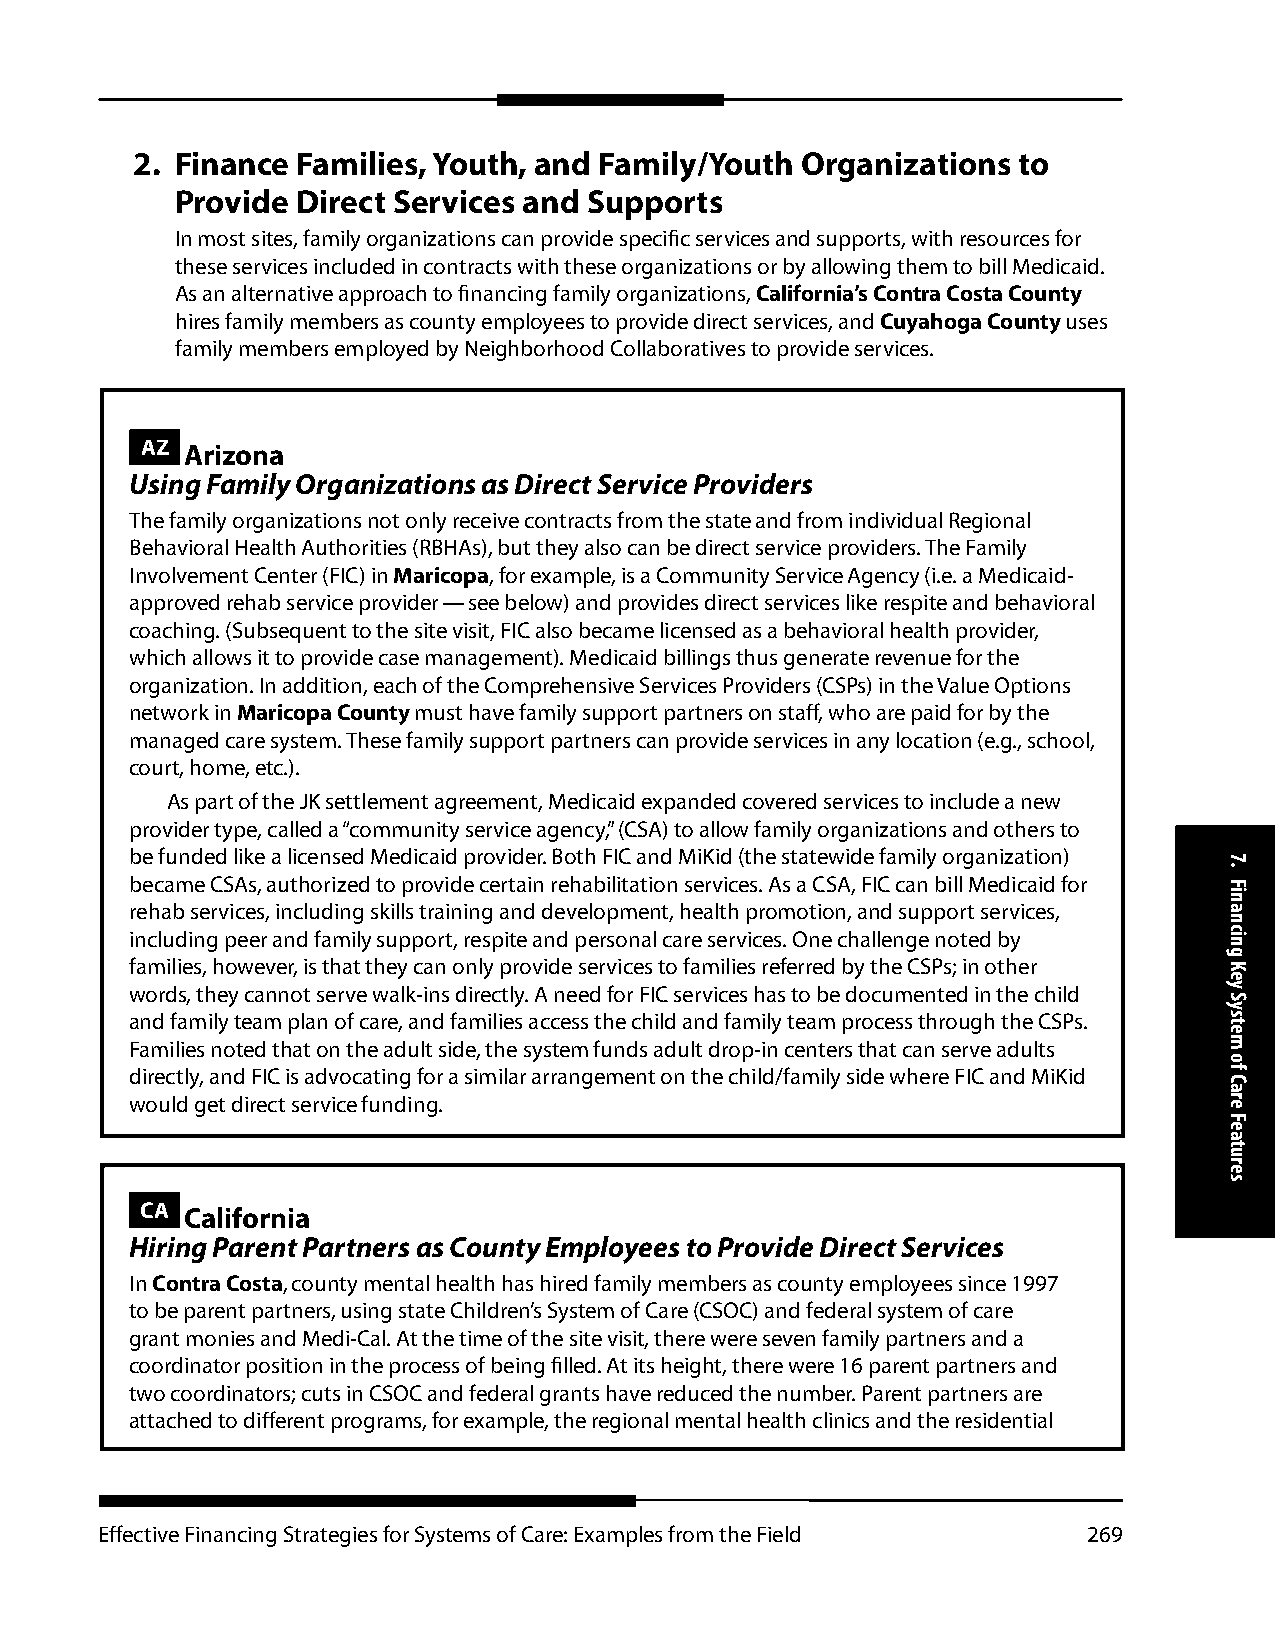
2. Finance Families, Youth, and Family/Youth Organizations to
 Provide Direct Services and Supports
 In most sites, family organizations can provide specific services and supports, with resources for
 these services included in contracts with these organizations or by allowing them to bill Medicaid.
 As an alternative approach to financing family organizations, California’s Contra Costa County
 hires family members as county employees to provide direct services, and Cuyahoga County uses
 family members employed by Neighborhood Collaboratives to provide services.
 AZ Arizona
 Using Family Organizations as Direct Service Providers
 The family organizations not only receive contracts from the state and from individual Regional
 Behavioral Health Authorities (RBHAs), but they also can be direct service providers. The Family
 Involvement Center (FIC) in Maricopa, for example, is a Community Service Agency (i.e. a Medicaid-
 approved rehab service provider — see below) and provides direct services like respite and behavioral
 coaching. (Subsequent to the site visit, FIC also became licensed as a behavioral health provider,
 which allows it to provide case management). Medicaid billings thus generate revenue for the
 organization. In addition, each of the Comprehensive Services Providers (CSPs) in the Value Options
 network in Maricopa County must have family support partners on staff, who are paid for by the
 managed care system. These family support partners can provide services in any location (e.g., school,
 court, home, etc.).
 As part of the JK settlement agreement, Medicaid expanded covered services to include a new
 provider type, called a “community service agency,” (CSA) to allow family organizations and others to
 be funded like a licensed Medicaid provider. Both FIC and MiKid (the statewide family organization)
 became CSAs, authorized to provide certain rehabilitation services. As a CSA, FIC can bill Medicaid for
 rehab services, including skills training and development, health promotion, and support services,
 including peer and family support, respite and personal care services. One challenge noted by
 families, however, is that they can only provide services to families referred by the CSPs; in other
 words, they cannot serve walk-ins directly. A need for FIC services has to be documented in the child
 and family team plan of care, and families access the child and family team process through the CSPs.
 Families noted that on the adult side, the system funds adult drop-in centers that can serve adults
 directly, and FIC is advocating for a similar arrangement on the child/family side where FIC and MiKid
 would get direct service funding.
 CA California
 Hiring Parent Partners as County Employees to Provide Direct Services
 In Contra Costa, county mental health has hired family members as county employees since 1997
 to be parent partners, using state Children’s System of Care (CSOC) and federal system of care
 grant monies and Medi-Cal. At the time of the site visit, there were seven family partners and a
 coordinator position in the process of being filled. At its height, there were 16 parent partners and
 two coordinators; cuts in CSOC and federal grants have reduced the number. Parent partners are
 attached to different programs, for example, the regional mental health clinics and the residential
 Effective Financing Strategies for Systems of Care: Examples from the Field 269
 7.
 Financing
 Key
 System
 of
 Care
 Features